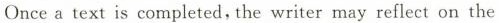
Once a text is completed, the writer may reflect on the